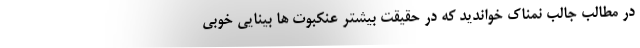
در مطالب جالب نمناک خواندید که در حقیقت بیشتر عنکبوت ها بینایی خوبی